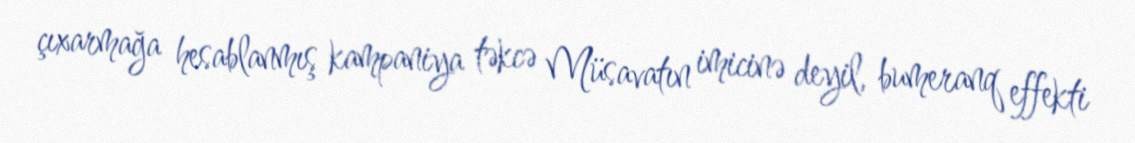
çıxarmağa hesablanmış kampaniya təkcə Müsavatın imicinə deyil, bumeranq effekti